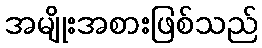
အမျိုးအစားဖြစ်သည်